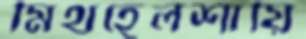
মিথহেলশায়ি